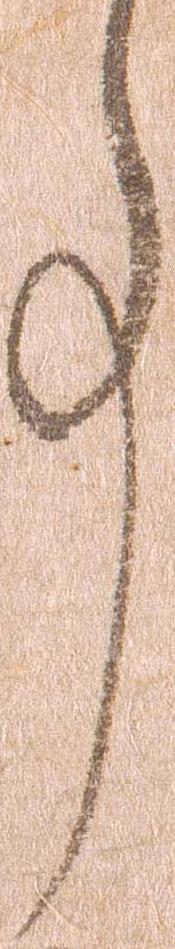
事